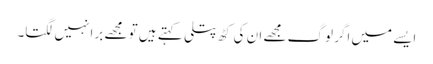
ایسے میں اگر لوگ مجھے ان کی کٹھ پتلی کہتے ہیں تو مجھے برا نہیں لگتا۔